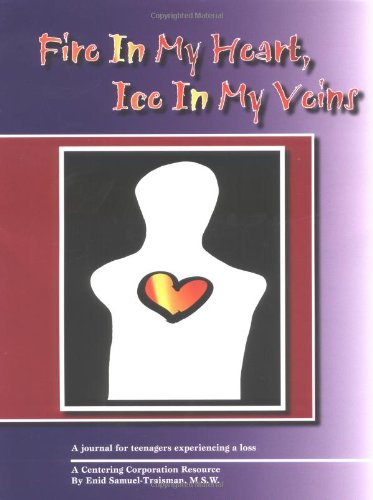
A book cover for Fire in My Heart, Ice in My Veins: A Journal for Teenagers Experiencing a Loss; Enid Samuel Traisman; Self-Help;